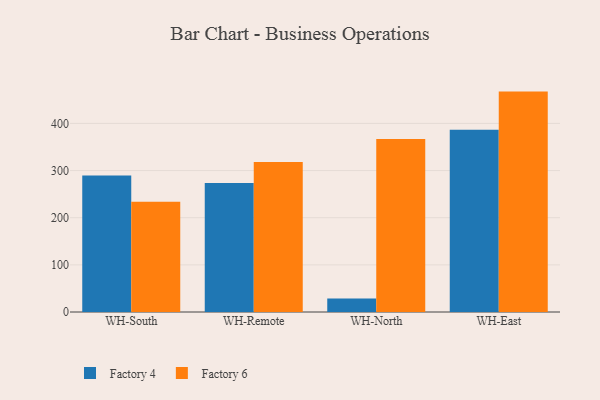
{"axis": {"x": "Warehouse", "y": "Backlog"}, "legend": ["Factory 4", "Factory 6"], "data": [{"x": "WH-South", "y": 289.8, "type": "Factory 4"}, {"x": "WH-South", "y": 234.1, "type": "Factory 6"}, {"x": "WH-Remote", "y": 273.6, "type": "Factory 4"}, {"x": "WH-Remote", "y": 318.3, "type": "Factory 6"}, {"x": "WH-North", "y": 28.6, "type": "Factory 4"}, {"x": "WH-North", "y": 366.9, "type": "Factory 6"}, {"x": "WH-East", "y": 386.4, "type": "Factory 4"}, {"x": "WH-East", "y": 467.5, "type": "Factory 6"}]}